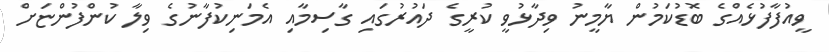
ވީއުފާފުޅެއްގެ ބޮޑުކަމުން ޔާމީނު ވިދާޅުވީ ކުރީގެ ދައުރުގައި ގާސިމާއި އެމަނިކުފާނުގެ ވިލާ ކުންފުންޏަށް